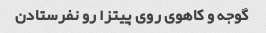
گوجه و کاهوی روی پیتزا رو نفرستادن